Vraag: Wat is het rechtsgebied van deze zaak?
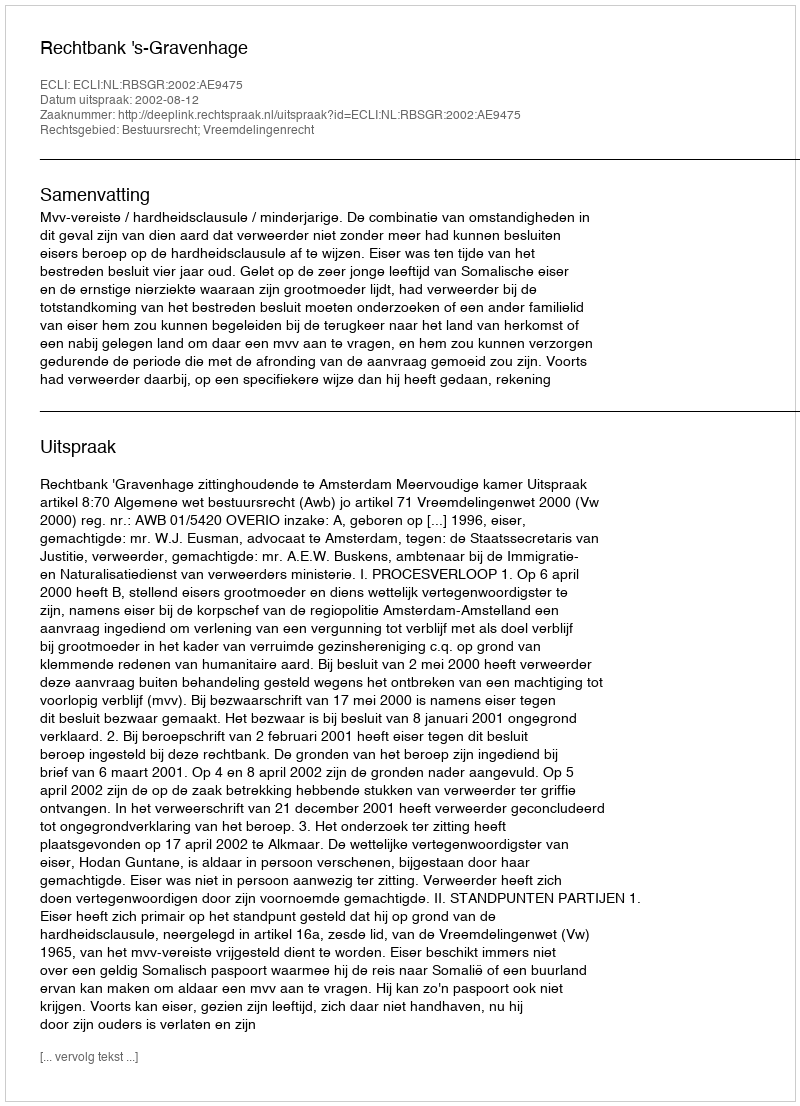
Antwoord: Bestuursrecht; Vreemdelingenrecht